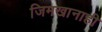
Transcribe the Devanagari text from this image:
जिमखानाही